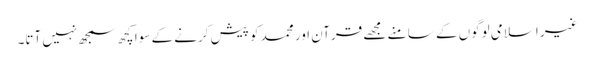
غیر اسلامی لوگوں کے سا منے مجھے قرآن اور محمد کو پیش کرنے کے سوا کچھ سمجھ نہیں آتا۔